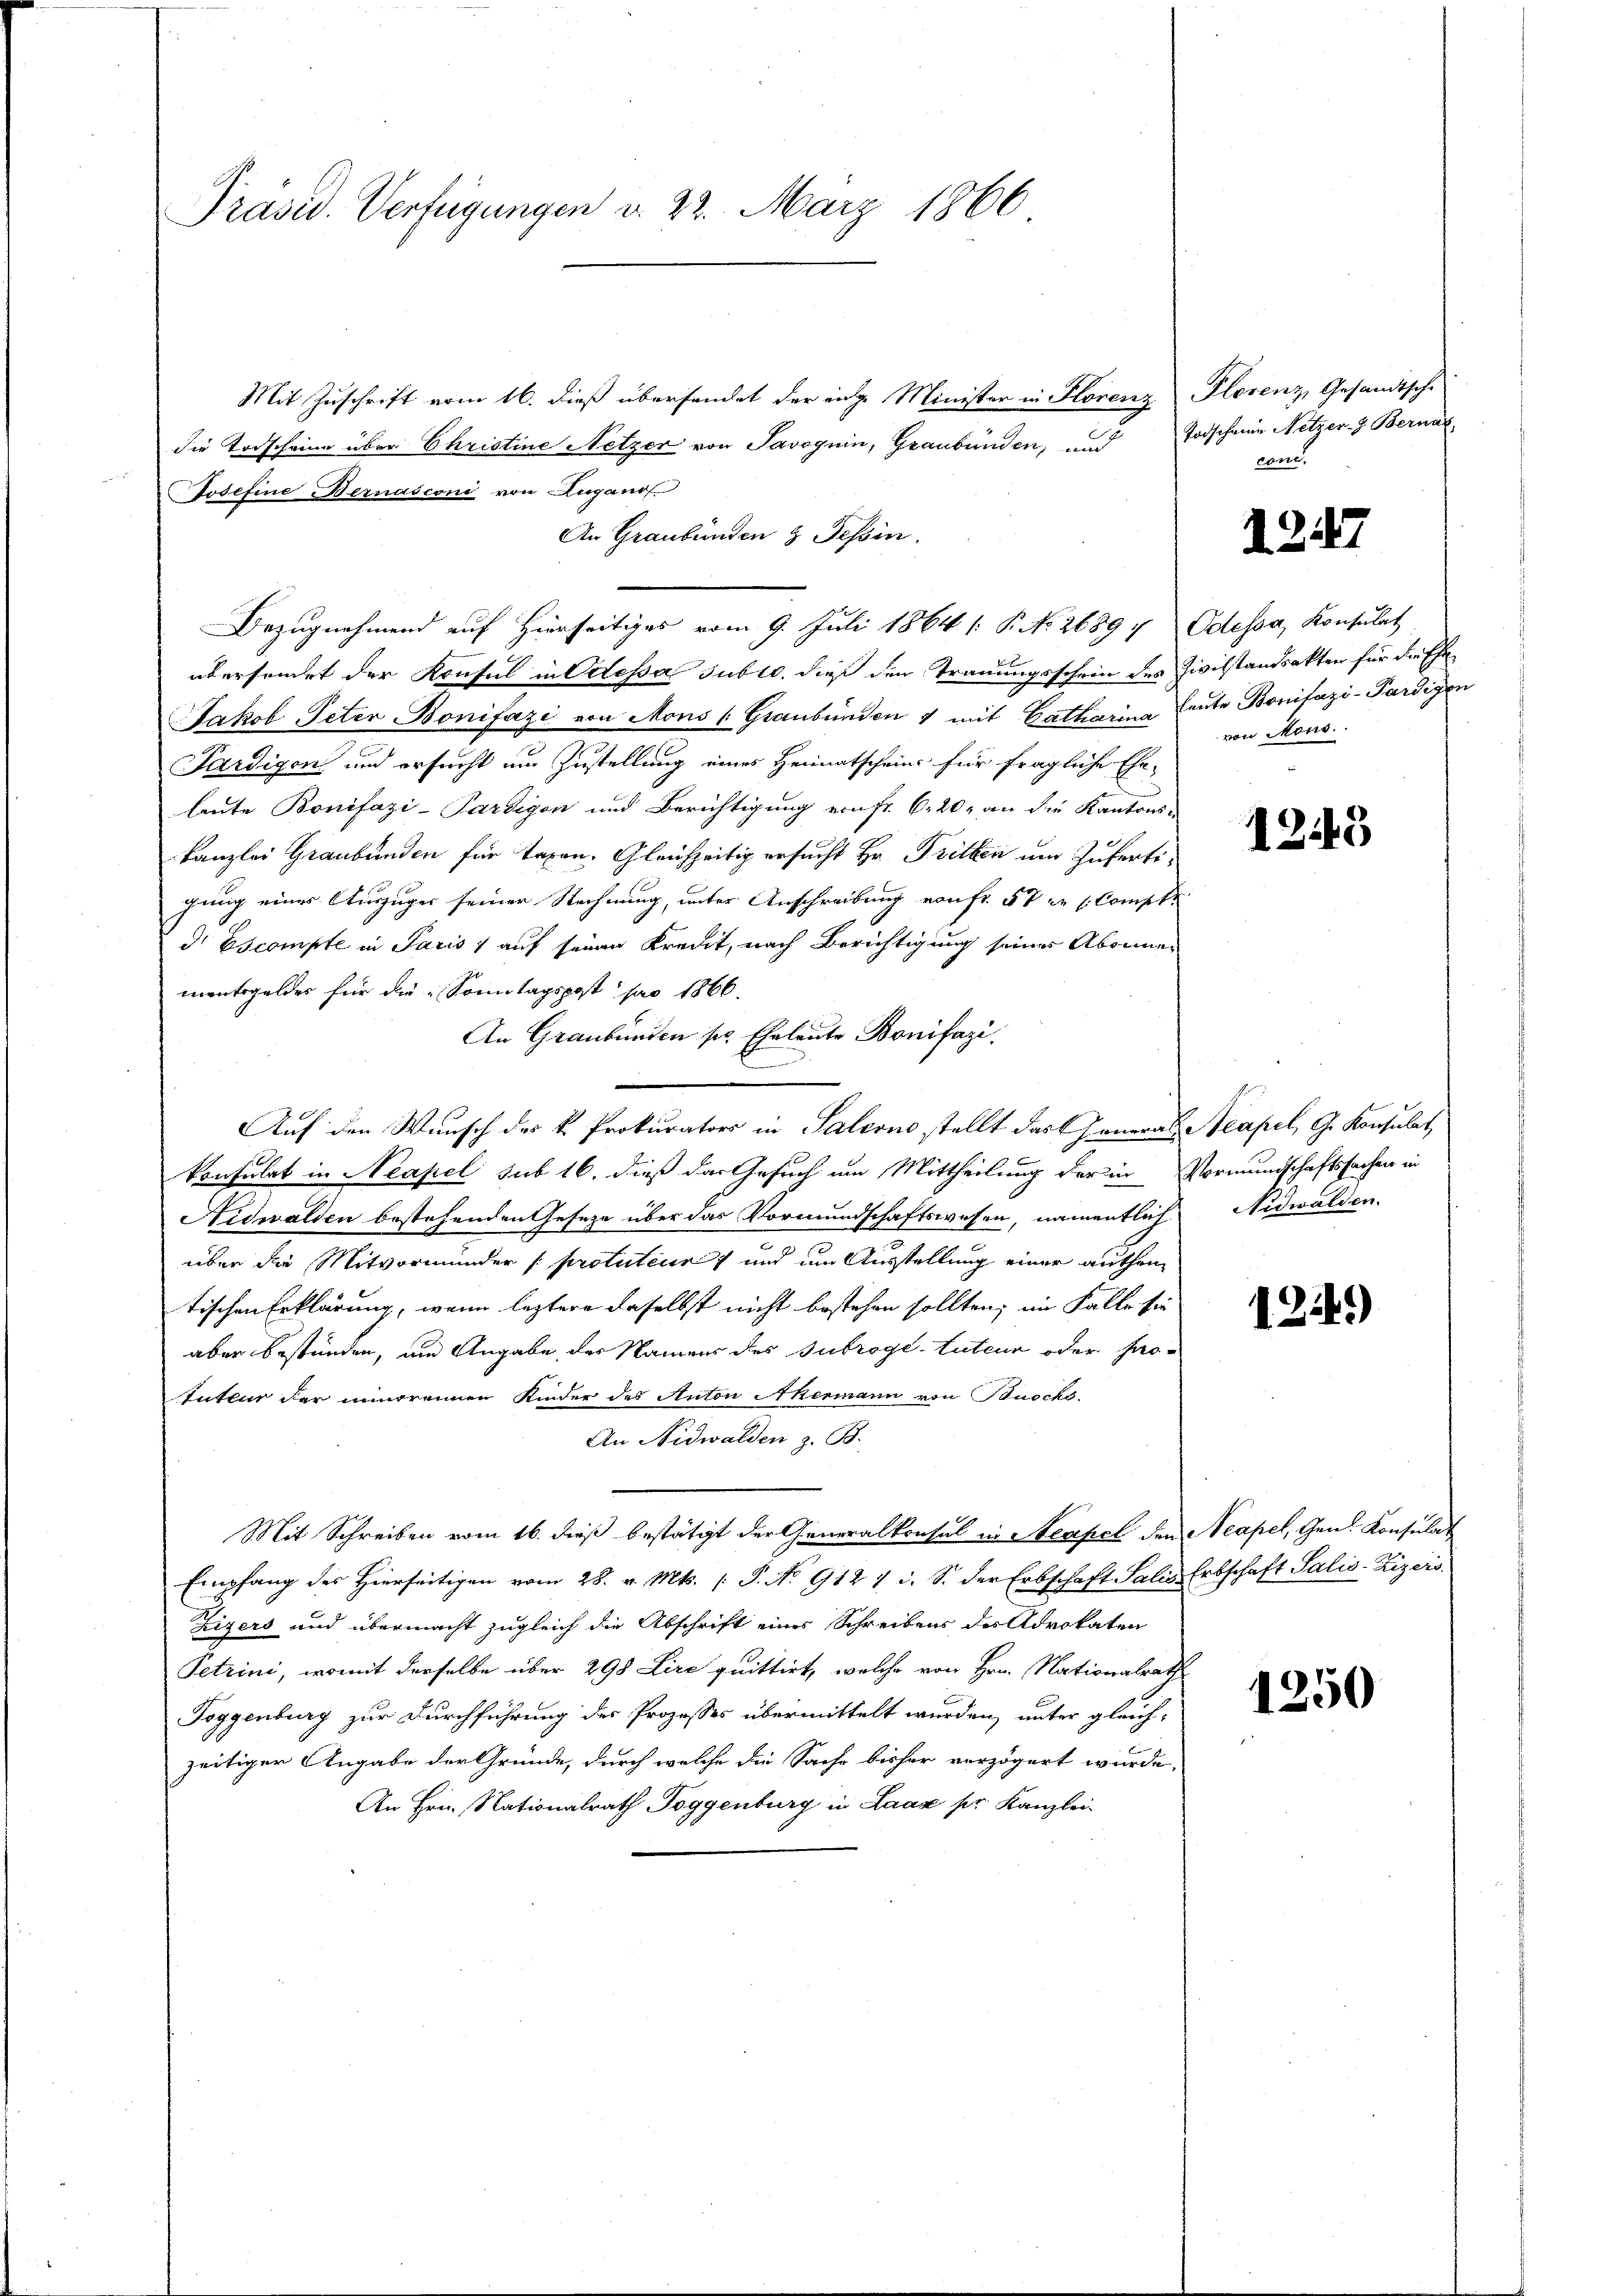
Präsid. Verfügungen d. 22. März 1866

Mit Zuschrift vom 16. dieß übersendet der eige Minister in Florenz Plorenz, Gesandtsche
die Todscheine über Christine Netzer von Savoguin, Graubünden, und
Josefine Bernasconi von Zuganof
An Graubünden & Tessin.
Bezugnahmend auf Hierseitiges vom 9. Juli 1864 (: P. No. 26897 Odessa, Konsulat
übersendet der Konsul in Odessa subro, dieß den Trauungsschein des Zivilstandsakten für die Ehe¬
Jakob Peter Bonifazi von Mons (Graubünden & mit Catharina Leute Bonifazi-Pardigen
Pardigen und ersucht um Zustellung eines Heimatscheins für fragliche Ehe-
leute Bonifazi-Pardigen und Berichtigung ein fr. 6. 20, an die Kantons-
kanzlei Graubünden für Tagen. Gleichzeitig ersucht Hr. Tritten um Zufertigung eines Auszuges seiner Rechnung, unter Anschreibung von Fr. 57 u. s. Compt
d Escompte in Paris 1 auf seinen Kredit, nach Berichtigung seines Abonner
mentsgeldes für die Sonntagspost pro 1866.
An Graubünden sr. Eheleute Bonifazi
Auf den Wunsch des k. Prokurators in Saleono stellt das General Aeapel, G. Konsulat
konsulat in Neapel sub 16. dieß das Gesuch um Mittheilung der in Vormundschaftssachen in
Nidwalden bestehenden Geseze über das Vormundschaftswesen, namentlich Nidwalden.
über die Mitvormunder (protuteur) und um Ausstellung einer authen
tischen Erklärung, wenn leztere daselbst nicht bestehen sollten; im Falle sie
aber bestünden, um Angabe des Namens des Subrogé-tuteur oder pro-
tuteur der innereinen Kinder des Anton Akermann von Buocks,
An Nidwalden z. B.
Mit Schreiben vom 16. dieß bestätigt der Generalkonsul in Neapel den Neapel, Gen. Konsulat
Empfang des Hierseitigen vom 28. v. Mts. (: P. No. 912 1 i. S. der Erbschaft Salis Erbschaft Salis-Zizeis
Zigers und übermacht zugleich die Abschrift eines Schreibens des Advokaten
Petrini, womit derselbe über 298 Lire quittirt, welche von Hrn. Nationalrath
Toggenburg zur Durchführung des Prozesses übermittelt wurden, unter gleichzeitiger Angabe der Gründe, durch welche die Sache bisher verzögert wurde,
An Hrn. Nationalrath Toggenburg in Laaz pr. Kanzlei-

Todscheine Netzer. J. Bernaz,
cance

1247

von Mons.

1249

124)

1250